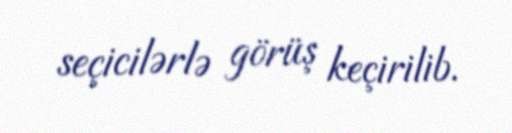
seçicilərlə görüş keçirilib.